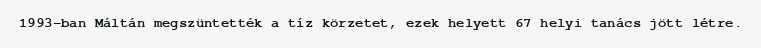
1993-ban Máltán megszüntették a tíz körzetet, ezek helyett 67 helyi tanács jött létre.